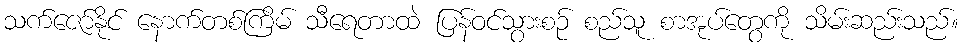
သက်ဇော်နိုင် နောက်တစ်ကြိမ် သီရေတာထဲ ပြန်ဝင်သွားစဉ် စည်သူ စာအုပ်တွေကို သိမ်းဆည်းသည်။